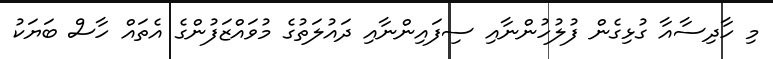
މި ހާދިސާއާ ގުޅިގެން ފުލުހުންނާއި ސިފައިންނާއި ދައުލަތުގެ މުވައްޒަފުންގެ އެތައް ހާސް ބަޔަކު